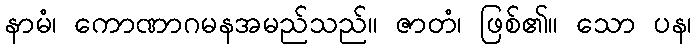
နာမံ၊ ကောဏာဂမနအမည်သည်။ ဇာတံ၊ ဖြစ်၏။ သော ပန၊